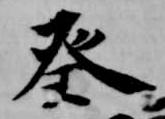
癸